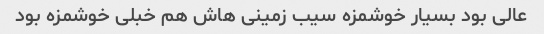
عالی بود بسیار خوشمزه سیب زمینی هاش هم خبلی خوشمزه بود